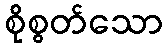
စိုစွတ်သော